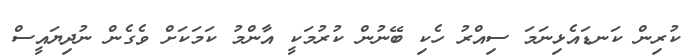
ކުރިން ކަނޑައެޅިނަމަ ސިއްރު ހެކި ބޭނުން ކުރުމަކީ އާންމު ކަމަކަށް ވެގެން ނުދިޔައީސް